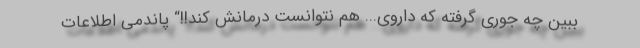
ببین چه جوری گرفته که داروی... هم نتوانست درمانش کند!!“ پاندمی اطلاعات